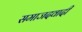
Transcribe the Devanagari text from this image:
समाजदवादी